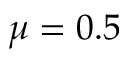
\mu = 0 . 5